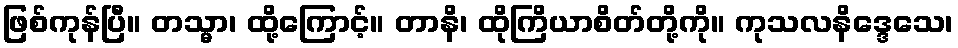
ဖြစ်ကုန်ပြီ။ တသ္မာ၊ ထို့ကြောင့်။ တာနိ၊ ထိုကြိယာစိတ်တို့ကို။ ကုသလနိဒ္ဒေသေ၊